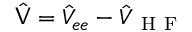
\hat { \mathsf { V } } = \hat { V } _ { e e } - \hat { V } _ { \mathrm { ~ H ~ F ~ } }